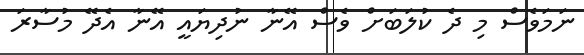
ނަމަވެސް މި ދެ ކުލަބަށް ވެސް އޭނާ ނުދިޔައީ އޭނާ އެދޭ މުސާރަ